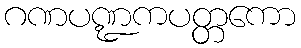
ဂဏပဏ္ဍကပတ္တကော